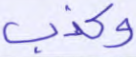
وكذب